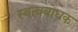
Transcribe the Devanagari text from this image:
स्वत्वबोधक